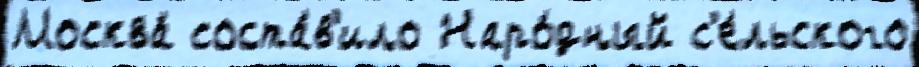
Москва́ соста́в'ило Наро́дный с'е́льского